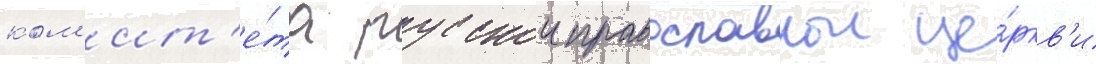
ком'ит'е́та русскои православнои це́ркв'и